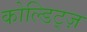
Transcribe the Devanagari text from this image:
कोल्डिट्ज़